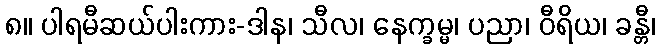
၈။ ပါရမီဆယ်ပါးကား-ဒါန၊ သီလ၊ နေက္ခမ္မ၊ ပညာ၊ ဝီရိယ၊ ခန္တီ၊